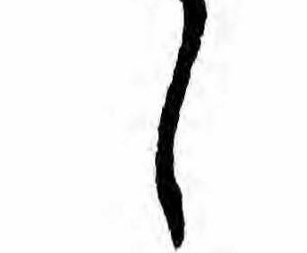
し